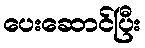
ပေးဆောင်ပြီး